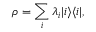
\rho = \sum _ { i } \lambda _ { i } | i \rangle \langle i | ,